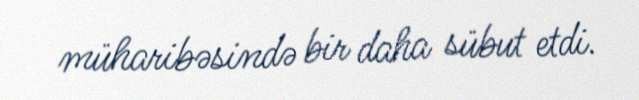
müharibəsində bir daha sübut etdi.